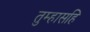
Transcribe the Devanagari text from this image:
तुम्हासहि